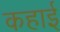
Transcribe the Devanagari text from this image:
कहाई